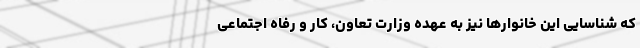
که شناسایی این خانوارها نیز به عهده وزارت تعاون، کار و رفاه اجتماعی